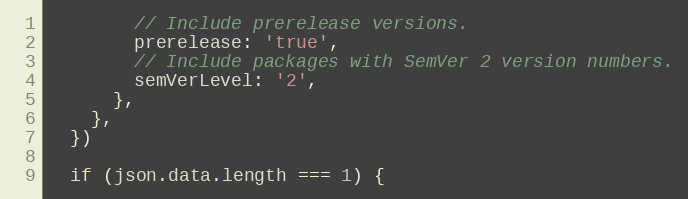
Language: JavaScript
        // Include prerelease versions.
        prerelease: 'true',
        // Include packages with SemVer 2 version numbers.
        semVerLevel: '2',
      },
    },
  })

  if (json.data.length === 1) {